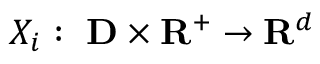
X _ { i } : ~ \mathbf { D } \times \mathbf { R } ^ { + } \rightarrow \mathbf { R } ^ { d }